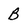
Character: B